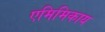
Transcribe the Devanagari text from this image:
एमिमिकाय